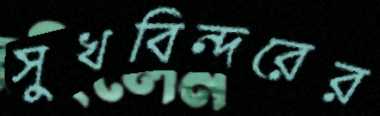
সুখবিন্দরের